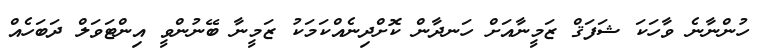
ހުންނާނެ ވާހަކަ ޝަފަޤް ޒަމީނާއަށް ހަނދާން ކޮށްދިނެއްކަމަކު ޒަމީނާ ބޭނުންވީ އިންޓަވަލް ދަބަހެއް